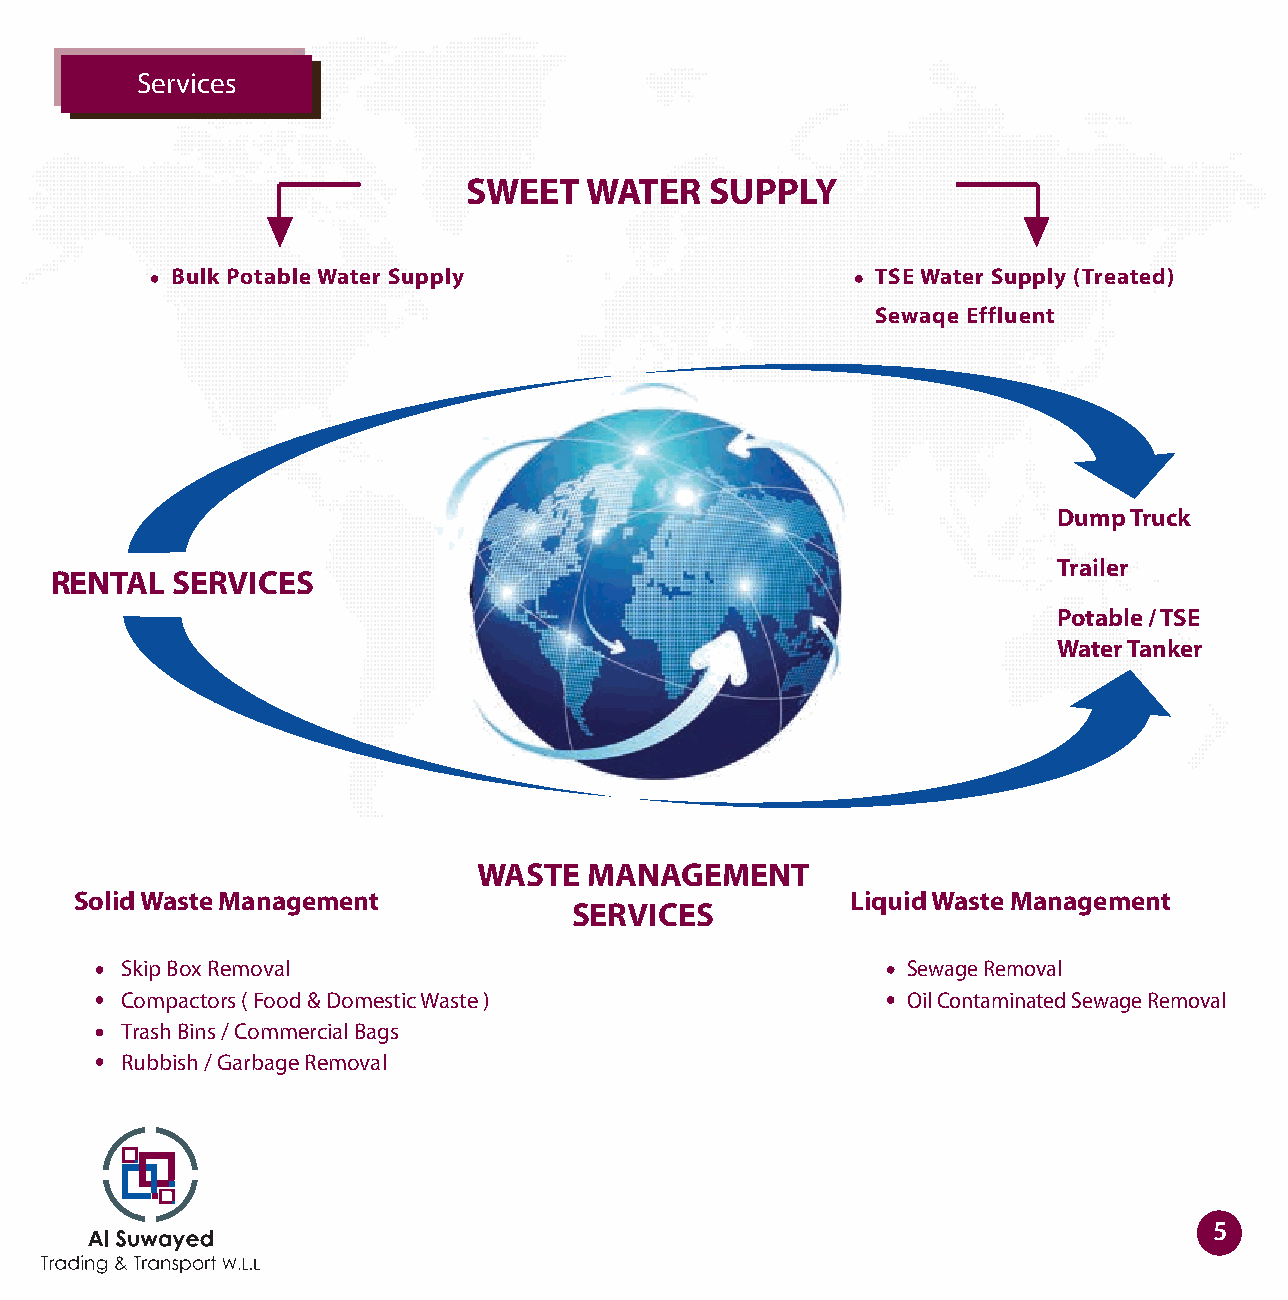
Services
 SWEET   WATER   SUPPLY
 Bulk Potable Water Supply                      TSE Water Supply (Treated)
 Sewaqe Effluent
 Dump Truck
 Trailer
 RENTAL  SERVICES
 Potable / TSE
 Water Tanker
 WASTE  MANAGEMENT
 Solid Waste Management                             Liquid Waste Management
 SERVICES
 Skip Box Removal                                    Sewage Removal
 Compactors ( Food & Domestic Waste )                Oil Contaminated Sewage Removal
 Trash Bins / Commercial Bags
 Rubbish / Garbage Removal
 5